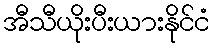
အီသီယိုးပီးယားနိုင်ငံ